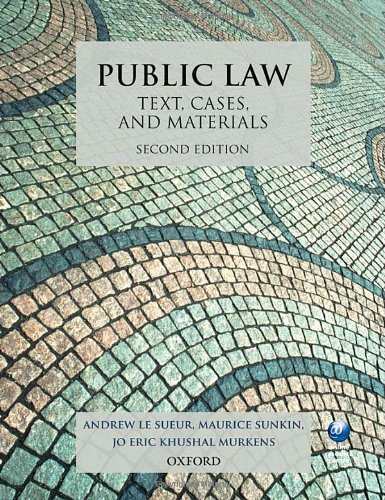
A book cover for Public Law: Text, Cases, and Materials 2e; Andrew Le Sueur; Law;